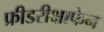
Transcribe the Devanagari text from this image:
फ्रीडरीक्षाफेन